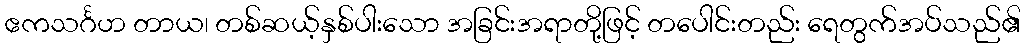
ဧကသင်္ဂဟ တာယ၊ တစ်ဆယ့်နှစ်ပါးသော အခြင်းအရာတို့ဖြင့် တပေါင်းတည်း ရေတွက်အပ်သည်၏